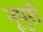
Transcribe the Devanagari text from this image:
नूपुरी